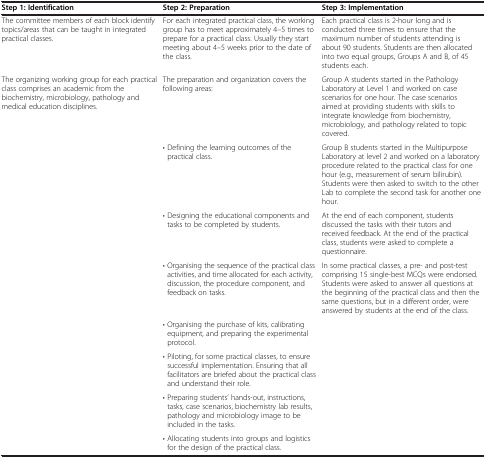
<table><thead><tr><td><b>Step 1: Identification</b></td><td><b>Step 2: Preparation</b></td><td><b>Step 3: Implementation</b></td></tr></thead><tbody><tr><td>The committee members of each block identify topics/areas that can be taught in integrated practical classes.</td><td>For each integrated practical class, the working group has to meet approximately 4–5 times to prepare for a practical class. Usually they start meeting about 4–5 weeks prior to the date of the class.</td><td>Each practical class is 2-hour long and is conducted three times to ensure that the maximum number of students attending is about 90 students. Students are then allocated into two equal groups, Groups A and B, of 45 students each.</td></tr><tr><td>The organizing working group for each practical class comprises an academic from the biochemistry, microbiology, pathology and medical education disciplines.</td><td>The preparation and organization covers the following areas:</td><td>Group A students started in the Pathology Laboratory at Level 1 and worked on case scenarios for one hour. The case scenarios aimed at providing students with skills to integrate knowledge from biochemistry, microbiology, and pathology related to topic covered.</td></tr><tr><td> </td><td>• Defining the learning outcomes of the practical class.</td><td>Group B students started in the Multipurpose Laboratory at level 2 and worked on a laboratory procedure related to the practical class for one hour (e.g., measurement of serum bilirubin). Students were then asked to switch to the other Lab to complete the second task for another one hour.</td></tr><tr><td> </td><td>• Designing the educational components and tasks to be completed by students.</td><td>At the end of each component, students discussed the tasks with their tutors and received feedback. At the end of the practical class, students were asked to complete a questionnaire.</td></tr><tr><td> </td><td>• Organising the sequence of the practical class activities, and time allocated for each activity, discussion, the procedure component, and feedback on tasks.</td><td>In some practical classes, a pre- and post-test comprising 15 single-best MCQs were endorsed. Students were asked to answer all questions at the beginning of the practical class and then the same questions, but in a different order, were answered by students at the end of the class.</td></tr><tr><td> </td><td>• Organising the purchase of kits, calibrating equipment, and preparing the experimental protocol.</td><td> </td></tr><tr><td> </td><td>• Piloting, for some practical classes, to ensure successful implementation. Ensuring that all facilitators are briefed about the practical class and understand their role.</td><td> </td></tr><tr><td> </td><td>• Preparing students’ hands-out, instructions, tasks, case scenarios, biochemistry lab results, pathology and microbiology image to be included in the tasks.</td><td> </td></tr><tr><td> </td><td>• Allocating students into groups and logistics for the design of the practical class.</td><td> </td></tr></tbody></table>